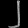
Digit: ၂